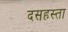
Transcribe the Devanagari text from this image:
दसहस्ता